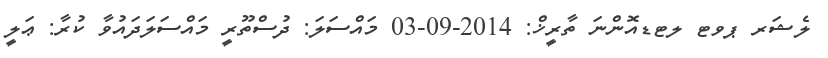
ލެޝަރ ޕވޓ ލޓޑއޮންނަ ތާރީޚް: 2014-09-03 މައްސަލަ: ދުސްތޫރީ މައްސަލަދައުވާ ކުރާ: ޢަލީ